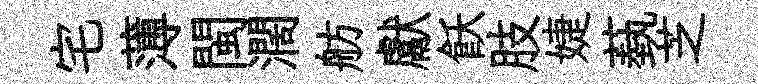
宅薄閩濶舫獻飫肢婕蓺芝